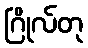
ဂြိုလ်တု